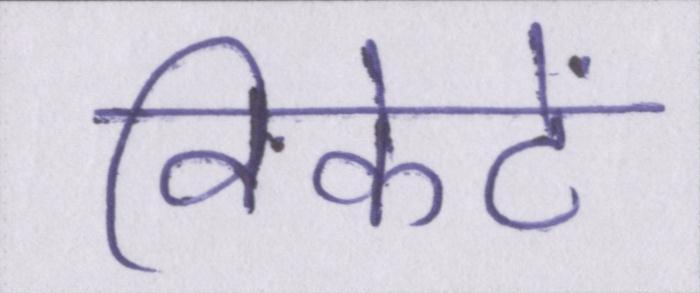
विकेटें